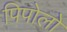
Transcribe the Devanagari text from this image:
पिपोलो